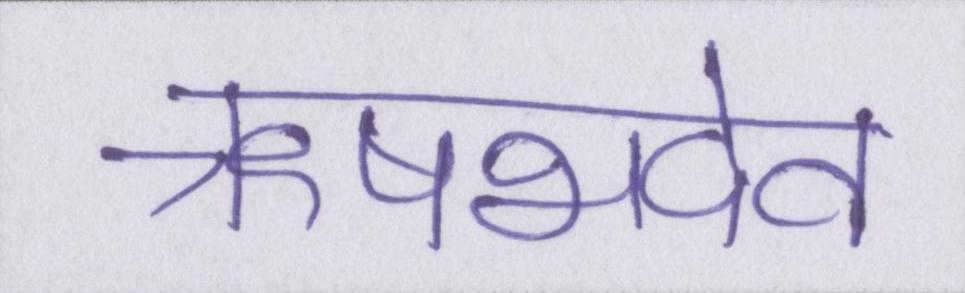
ऋषभदेव